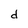
Character: d